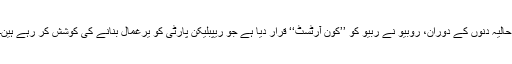
حالیہ دِنوں کے دوران، روبیو نے ربیو کو ’’کون آرٹسٹ‘‘ قرار دیا ہے جو ریپبلیکن پارٹی کو یرغمال بنانے کی کوشش کر رہے ہین۔